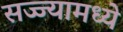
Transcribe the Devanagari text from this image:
सज्ज्यामध्ये